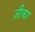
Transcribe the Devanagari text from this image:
ज़ीका